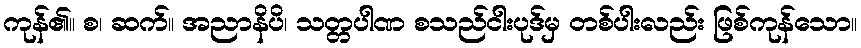
ကုန်၏။ စ၊ ဆက်။ အညာနိပိ၊ သတ္တပါဏ စသည်ငါးပုဒ်မှ တစ်ပါးလည်း ဖြစ်ကုန်သော။